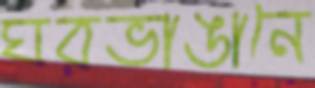
ঘরভাঙানে